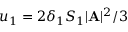
u _ { 1 } = 2 \delta _ { 1 } S _ { 1 } | { \bf A } | ^ { 2 } / 3